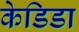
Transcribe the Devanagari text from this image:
केडिडा